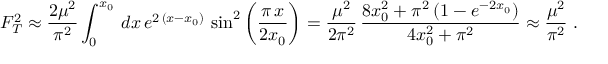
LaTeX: F _ { T } ^ { 2 } \approx \frac { 2 \mu ^ { 2 } } { \pi ^ { 2 } } \int _ { 0 } ^ { x _ { 0 } } \, d x \, e ^ { 2 \, ( x - x _ { 0 } ) } \, \sin ^ { 2 } \left( \frac { \pi \, x } { 2 x _ { 0 } } \right) = \frac { \mu ^ { 2 } } { 2 \pi ^ { 2 } } \, \frac { 8 x _ { 0 } ^ { 2 } + \pi ^ { 2 } \, ( 1 - e ^ { - 2 x _ { 0 } } ) } { 4 x _ { 0 } ^ { 2 } + \pi ^ { 2 } } \approx \frac { \mu ^ { 2 } } { \pi ^ { 2 } } \; .